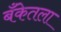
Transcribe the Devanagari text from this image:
बँकेतला